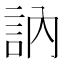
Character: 訥